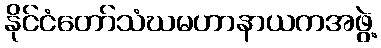
နိုင်ငံတော်သံဃမဟာနာယကအဖွဲ့